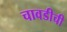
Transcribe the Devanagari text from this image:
चावडीची